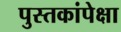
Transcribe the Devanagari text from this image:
पुस्तकांपेक्षा